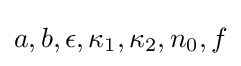
a,b,\epsilon ,\kappa _{1},\kappa _{2},n_{0},f